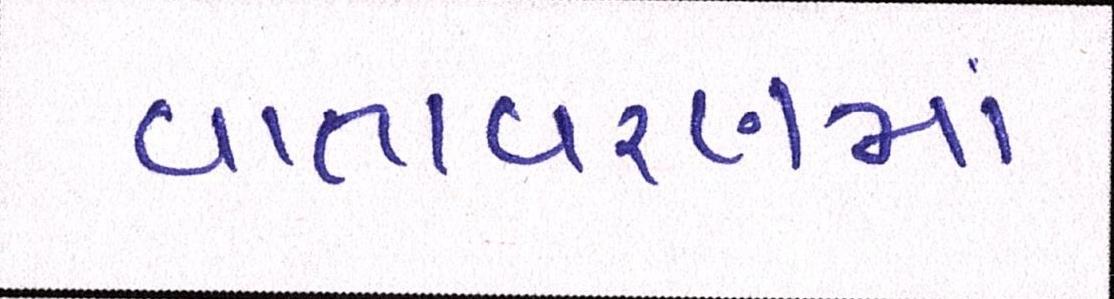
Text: વાતાવરણમાં